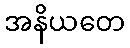
အနိယတေ